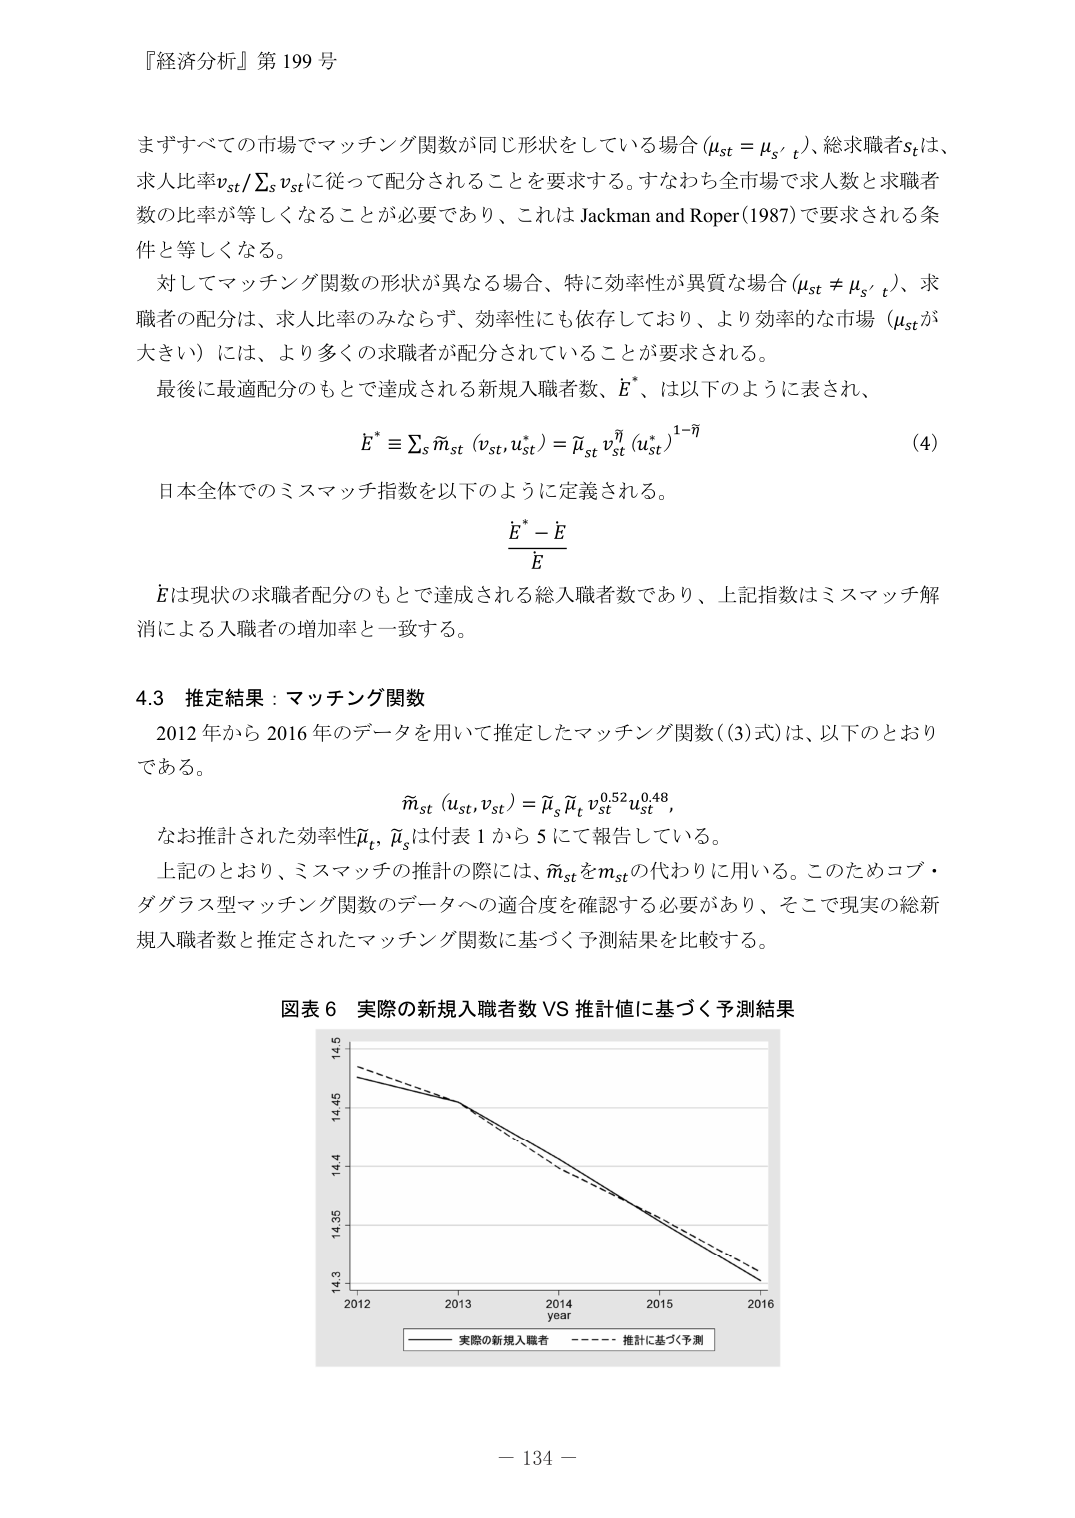
『経済分析』第199号

まずすべての市場でマッチング関数が同じ形状をしている場合（μ_st = μ_s′_t）、総求職者s_tは、求人比率v_st/Σ_s v_stに従って配分されることを要求する。すなわち全市場で求人数と求職者数の比率が等しくなることが必要であり、これはJackman and Roper (1987)で要求される条件と等しくなる。

対してマッチング関数の形状が異なる場合、特に効率性が異質な場合（μ_st ≠ μ_s′_t）、求職者の配分は、求人比率のみならず、効率性にも依存しており、より効率的な市場（μ_stが大きい）には、より多くの求職者が配分されていることが要求される。

最後に最適配分のもとで達成される新規入職者数、E*、は以下のように表され、

E* ≡ Σ_s m̃_st (v_st, u*_st) = μ̃_st v_st^η (u*_st)^(1-η)  (4)

日本全体でのミスマッチ指数を以下のように定義される。

(E* - E)/E

Eは現状の求職者配分のもとで達成される総入職者数であり、上記指数はミスマッチ解消による入職者の増加率と一致する。

4.3 推定結果：マッチング関数

2012年から2016年のデータを用いて推定したマッチング関数((3)式)は、以下のとおりである。

m̃_st (u_st, v_st) = μ̃_s μ̃_t v_st^0.52 u_st^0.48,

なお推計された効率性μ̃_t, μ̃_sは付表1から5にて報告している。

上記のとおり、ミスマッチの推計の際には、m̃_stをm_stの代わりに用いる。このためコブ・ダグラス型マッチング関数のデータへの適合度を確認する必要があり、そこで現実の総新規入職者数と推定されたマッチング関数に基づく予測結果を比較する。

図表6 実際の新規入職者数 VS 推計値に基づく予測結果

（グラフの凡例）
実際の新規入職者
推計に基づく予測

2012 2013 2014 2015 2016
year

14.3
14.35
14.4
14.45
14.5

－134－